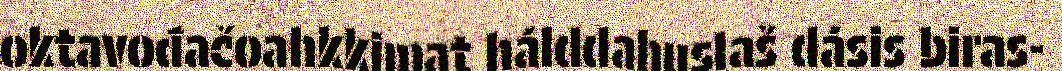
oktavođačoahkkimat hálddahuslaš dásis biras-